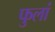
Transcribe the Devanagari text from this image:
फुलां